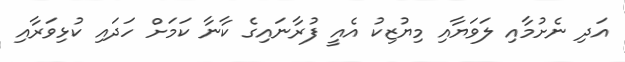
އަދި ނެށުމާއި ލަވަޔާއި މިޔުޒިކު އެއީ ފުރާނައިގެ ކާނާ ކަމަށް ހަދައި ކުޅިވަރާއި